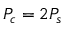
P _ { c } = 2 P _ { s }